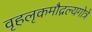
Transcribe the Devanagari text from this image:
वृहलृकमौद्गल्यगोत्रे